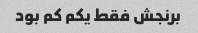
برنجش فقط یکم کم بود